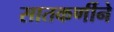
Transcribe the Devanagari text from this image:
सातकर्णीने